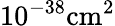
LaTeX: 10^{-38}\mathrm{{cm}^{2}}